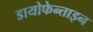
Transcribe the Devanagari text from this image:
डायोफेन्ताइन